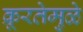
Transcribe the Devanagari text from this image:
क्रूरतेमुळे